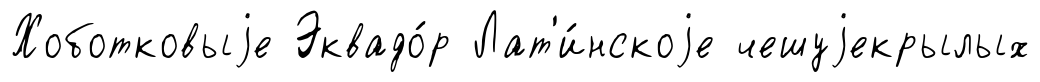
Хоботковыjе Эквадо́р Лат'и́нскоjе чешуjекрылых